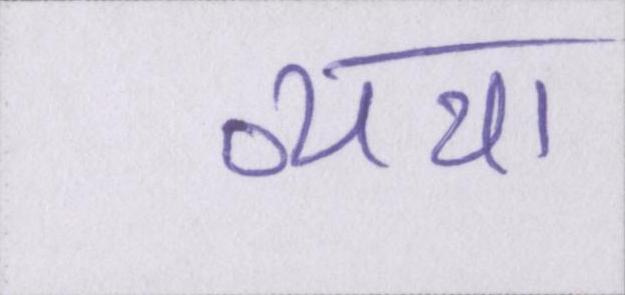
व्यथा